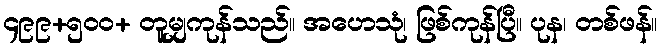
၄၉၉+၅၀၀+ တူမျှကုန်သည်။ အဟေသုံ၊ ဖြစ်ကုန်ပြီ။ ပုန၊ တစ်ဖန်။